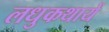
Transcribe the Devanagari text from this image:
लधुकथायें